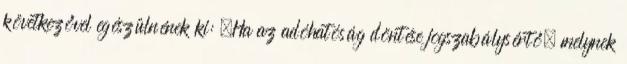
következővel egészülnének ki: „Ha az adóhatóság döntése jogszabálysértő, melynek